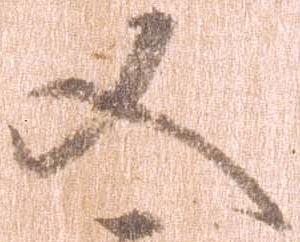
又